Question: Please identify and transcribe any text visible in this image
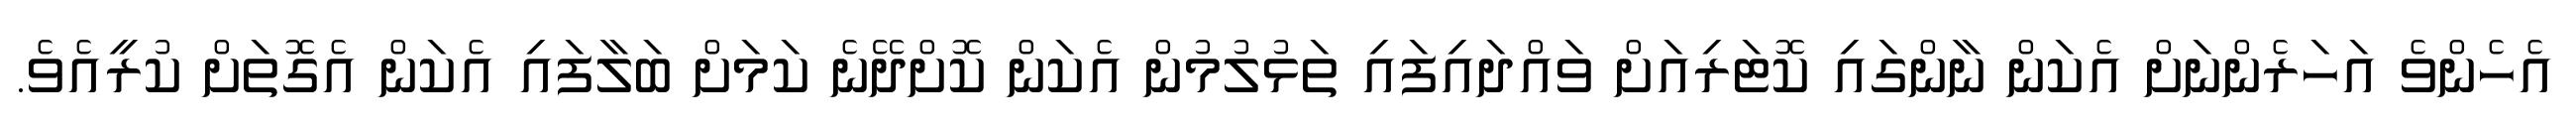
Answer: އެހެންވެ އަހަރެންނަށް އެކަން ނާންގައި ކޮޓަރިއަށް ވައްދައިފައި ތަޅުލުމުން އެކަން ކޮށްދޭނެ ކަމަށް ބަލާފައި އެކަން އެގޮތަށް ކުރީއެވެ.